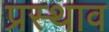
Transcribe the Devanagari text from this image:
प्रस्थाव